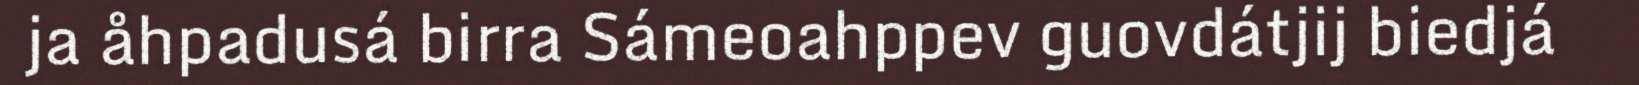
ja åhpadusá birra Sámeoahppev guovdátjij biedjá